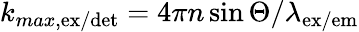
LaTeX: k_{max,\mathrm{ex}/\mathrm{det}}=4\pi n\sin\Theta/\lambda_{\mathrm{ex}/\mathrm{em}}